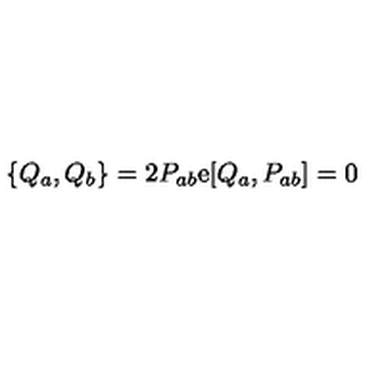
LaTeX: \{ Q _ { a } , Q _ { b } \} = 2 P _ { a b } \mathrm { e } [ Q _ { a } , P _ { a b } ] = 0